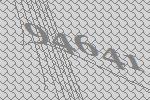
94641